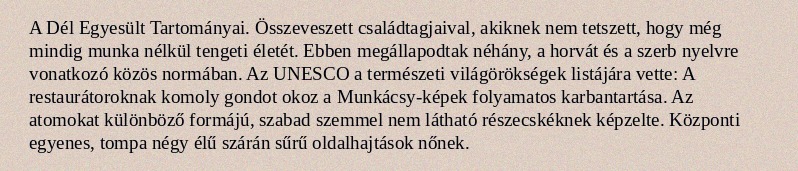
A Dél Egyesült Tartományai. Összeveszett családtagjaival, akiknek nem tetszett, hogy még mindig munka nélkül tengeti életét. Ebben megállapodtak néhány, a horvát és a szerb nyelvre vonatkozó közös normában. Az UNESCO a természeti világörökségek listájára vette: A restaurátoroknak komoly gondot okoz a Munkácsy-képek folyamatos karbantartása. Az atomokat különböző formájú, szabad szemmel nem látható részecskéknek képzelte. Központi egyenes, tompa négy élű szárán sűrű oldalhajtások nőnek.